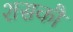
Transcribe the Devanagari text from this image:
शसकौ